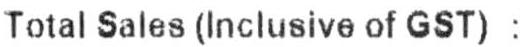
TOTAL SATES(INCLUSIVE OF GST) :